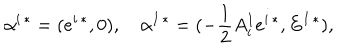
\alpha ^ { i \, * } = ( e ^ { i \, * } , 0 ) , \alpha ^ { I \, * } = ( - { \frac { 1 } { 2 } } A _ { i } ^ { I } e ^ { i \, * } , E ^ { I \, * } ) ,